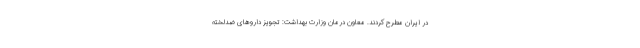
در ایران مطرح کردند. معاون درمان وزارت بهداشت: تجویز داروهای ضدلخته